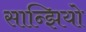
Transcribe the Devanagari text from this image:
सान्झियो